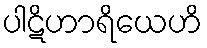
ပါဋိဟာရိယေဟိ